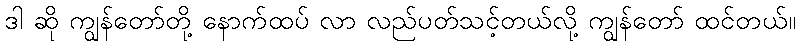
ဒါ ဆို ကျွန်တော်တို့ နောက်ထပ် လာ လည်ပတ်သင့်တယ်လို့ ကျွန်တော် ထင်တယ်။